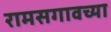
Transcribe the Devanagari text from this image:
रामसगावच्या